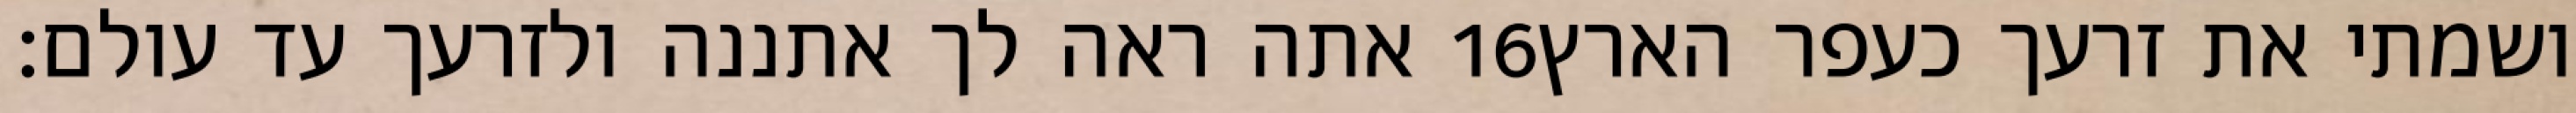
אתה ראה לך אתננה ולזרעך עד עולם׃ ‎16‏ ושמתי את זרעך כעפר הארץ